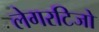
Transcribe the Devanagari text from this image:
लेगरटिजो